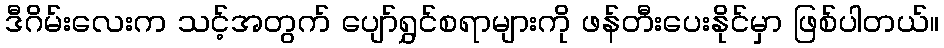
ဒီဂိမ်းလေးက သင့်အတွက် ပျော်ရွှင်စရာများကို ဖန်တီးပေးနိုင်မှာ ဖြစ်ပါတယ်။